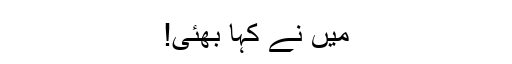
میں نے کہا بھئی!